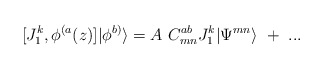
\begin{align*}[J^k_1,\phi^{(a}(z)]|\phi^{b)}\rangle=A~C^{ab}_{mn}J^k_1|\Psi^{mn}\rangle~+~...\end{align*}